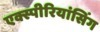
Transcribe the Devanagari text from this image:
एक्स्पीरियांसिंग